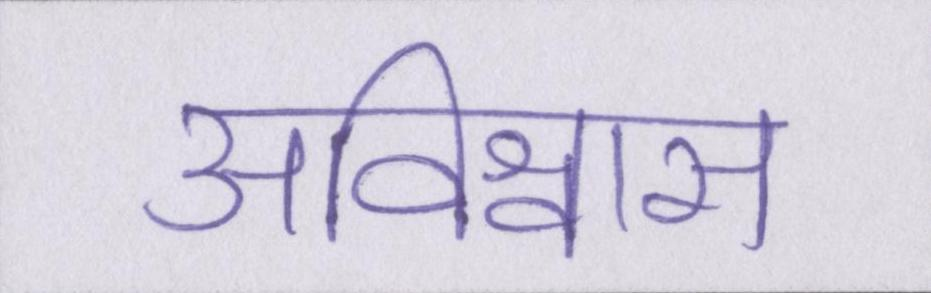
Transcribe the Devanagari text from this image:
अविश्वास